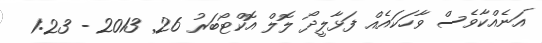
އަނެއްކާވެސް ވާހަކައެއް ފަޅާލީދޯ ލޮލް އޮކްޓޯބަރު 26